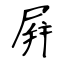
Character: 屛